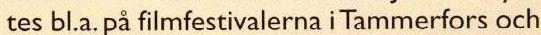
tes bl.a. på filmfestivalerna i Tammerfors och